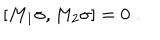
\lbrack M _ { 1 } \sigma , M _ { 2 } \sigma ] = 0 \, \, .